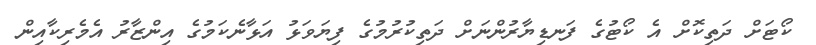
ކޯޓަށް ދަތިކޮށް އެ ކޯޓުގެ ފަނޑިޔާރުންނަށް ދަތިކުރުމުގެ ފިޔަވަޅު އަޅާނެކަމުގެ އިންޒާރު އެމެރިކާއިން